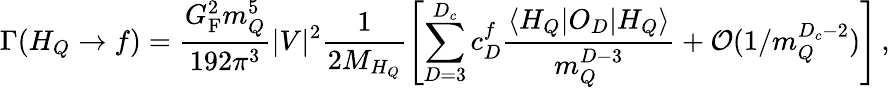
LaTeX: \Gamma(H_{Q}\rightarrow f)=\frac{G_{\mathrm{F}}^{2}m_{Q}^{5}}{192\pi^{3}}|V|^{2}\frac{1}{2M_{H_{Q}}}\left[\sum_{D=3}^{D_{c}}c_{D}^{f}\frac{\langle H_{Q}|O_{D}|H_{Q}\rangle}{m_{Q}^{D-3}}+{\cal O}(1/m_{Q}^{D_{c}-2})\right]\, ,